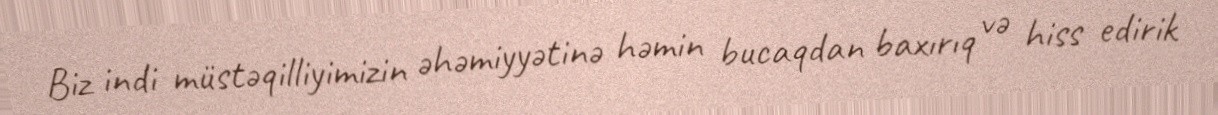
Biz indi müstəqilliyimizin əhəmiyyətinə həmin bucaqdan baxırıq və hiss edirik